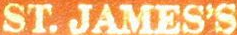
ST.JAMES'S